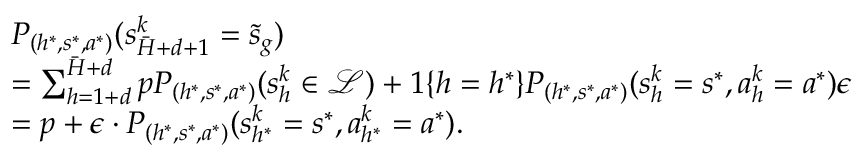
\begin{array} { r l } & { P _ { ( h ^ { * } , s ^ { * } , a ^ { * } ) } ( s _ { \bar { H } + d + 1 } ^ { k } = \tilde { s } _ { g } ) } \\ & { = \sum _ { h = 1 + d } ^ { \bar { H } + d } p P _ { ( h ^ { * } , s ^ { * } , a ^ { * } ) } ( s _ { h } ^ { k } \in \mathcal { L } ) + 1 \{ h = h ^ { * } \} P _ { ( h ^ { * } , s ^ { * } , a ^ { * } ) } ( s _ { h } ^ { k } = s ^ { * } , a _ { h } ^ { k } = a ^ { * } ) \epsilon } \\ & { = p + \epsilon \cdot P _ { ( h ^ { * } , s ^ { * } , a ^ { * } ) } ( s _ { h ^ { * } } ^ { k } = s ^ { * } , a _ { h ^ { * } } ^ { k } = a ^ { * } ) . } \end{array}